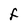
Character: F